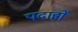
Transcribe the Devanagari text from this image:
पदार्हों